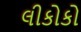
લીકોકો